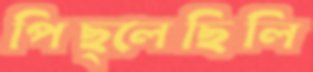
পিছ্‌লেছিলি